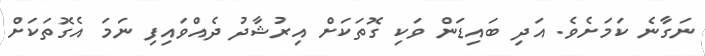
ނަގާނެ ކަމަށެވެ. އަދި ބައިޑަން ވަކި ގޮތަކަށް އިރުޝާދު ދެއްވައިފި ނަމަ އެގޮތަކަށް